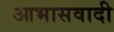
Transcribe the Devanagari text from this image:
आभासवादी